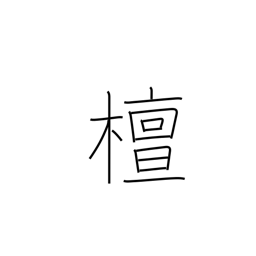
Meaning: spindle tree